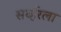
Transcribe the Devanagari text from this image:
सर्व्हरला